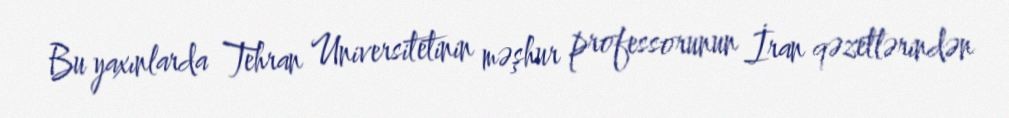
Bu yaxınlarda Tehran Universitetinin məşhur professorunun İran qəzetlərindən